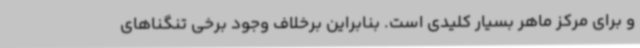
و برای مرکز ماهر بسیار کلیدی است. بنابراین برخلاف وجود برخی تنگناهای